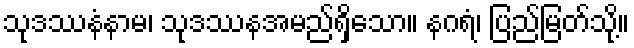
သုဒဿနံနာမ၊ သုဒဿနအမည်ရှိသော။ နဂရံ၊ ပြည်မြတ်သို့။